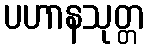
ပဟာနသုတ္တ